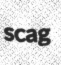
scag